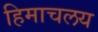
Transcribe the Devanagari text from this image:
हिमाचलय